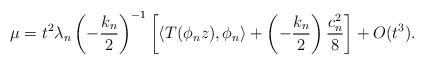
LaTeX: \begin{align*} \mu =t^{2} \lambda_{n} \left( - \frac{k_{n}}{2} \right)^{-1} \left[ \langle T ( \phi_{n} z ) , \phi_{n} \rangle + \left( - \frac{k_{n}}{2} \right) \frac{c_{n}^{2}}{8} \right] +O ( t^{3} ) . \end{align*}